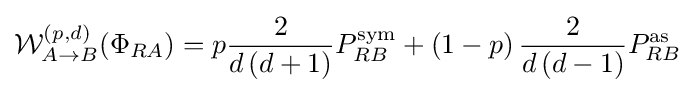
{\mathcal {W}}_{A\rightarrow B}^{\left(p,d\right)}(\Phi _{RA})=p{\frac {2}{d\left(d+1\right)}}P_{RB}^{\text{sym}}+\left(1-p\right){\frac {2}{d\left(d-1\right)}}P_{RB}^{\text{as}}